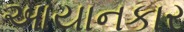
આયાનકાર